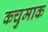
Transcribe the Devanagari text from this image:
कचुमाक